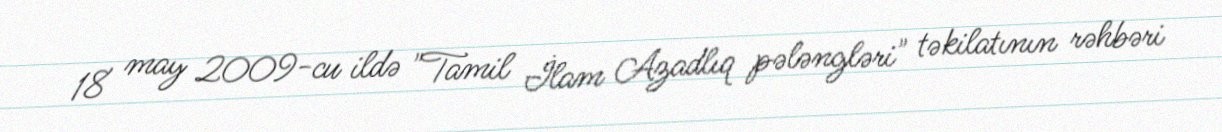
18 may 2009-cu ildə "Tamil İlam Azadlıq pələngləri" təkilatının rəhbəri